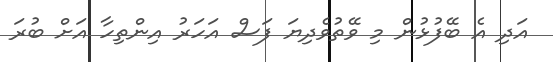
އަދި އެ ބޭފުޅުން މި ވޭތުވެދިޔަ ފަސް އަހަރު އިންތިހާ އަށް ބުރަ